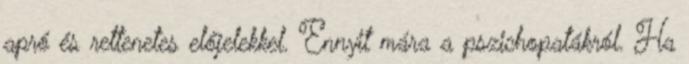
apró és rettenetes előjelekkel. Ennyit mára a pszichopatákról. Ha